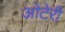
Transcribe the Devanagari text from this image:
ओटेरी